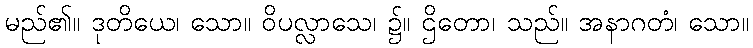
မည်၏။ ဒုတိယေ၊ သော။ ဝိပလ္လာသေ၊ ၌။ ဌိတော၊ သည်။ အနာဂတံ၊ သော။